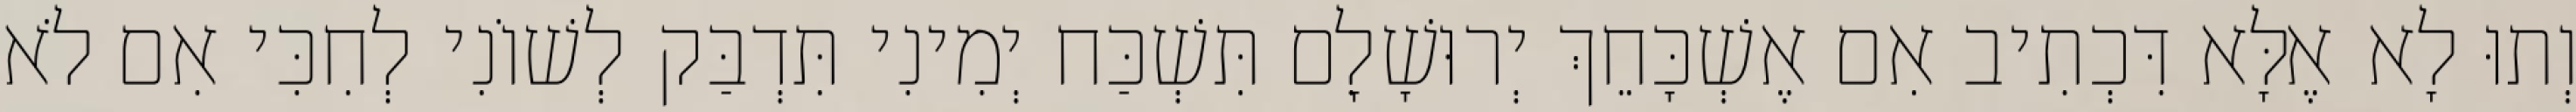
וְתוּ לָא אֶלָּא דִּכְתִיב אִם אֶשְׁכָּחֵךְ יְרוּשָׁלִָם תִּשְׁכַּח יְמִינִי תִּדְבַּק לְשׁוֹנִי לְחִכִּי אִם לֹא